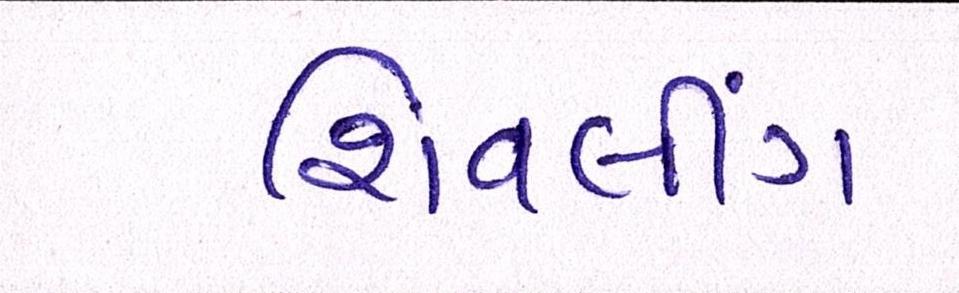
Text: શિવલીંગ